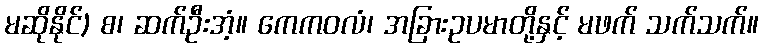
မဆိုနိုင်) စ၊ ဆက်ဦးအံ့။ ကေကဝလံ၊ အခြားဥပမာတို့နှင့် မဖက် သက်သက်။